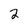
Character: 2